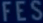
FES